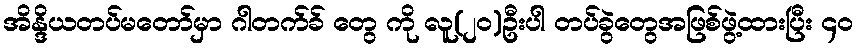
အိန္ဒိယတပ်မတော်မှာ ဂါတက်ခ် တွေ ကို လူ(၂၀)ဦးပါ တပ်ခွဲတွေအဖြစ်ဖွဲ့ထားပြီး ၄၀